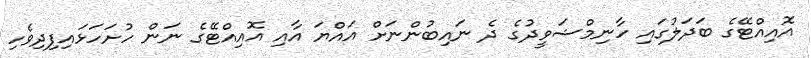
އޮއިއްޓޭގެ ބަދަލުގައި ހާނިމްޝަވީދުގެ ދެ ނައިބުންނަށް އައްޔަ އާއި އޮއިއްޓޭގެ ނަން ހުށަހަޅައިފިދިވެހި